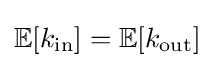
{\textstyle \mathbb {E} [k_{\text{in}}]=\mathbb {E} [k_{\text{out}}]}